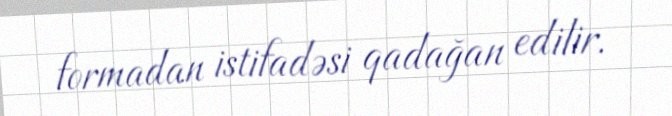
formadan istifadəsi qadağan edilir.